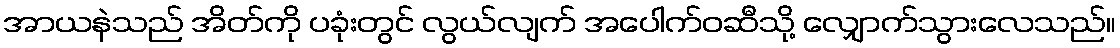
အာယနဲသည် အိတ်ကို ပခုံးတွင် လွယ်လျက် အပေါက်ဝဆီသို့ လျှောက်သွားလေသည်။